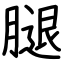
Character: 腿